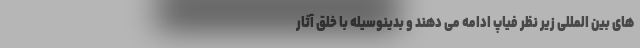
های بین المللی زیر نظر فیاپ ادامه می دهند و بدینوسیله با خلق آثار